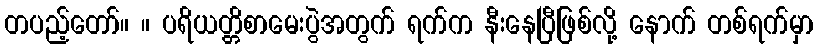
တပည့်တော်။ ။ ပရိယတ္တိစာမေးပွဲအတွက် ရက်က နီးနေပြီဖြစ်လို့ နောက် တစ်ရက်မှာ